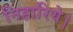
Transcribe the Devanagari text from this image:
निहारिये।